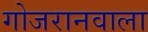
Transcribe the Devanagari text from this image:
गोजरानवाला